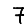
Digit: 7